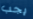
يجب